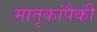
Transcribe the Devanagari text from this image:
मातृकांपैकी